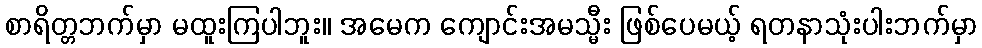
စာရိတ္တဘက်မှာ မထူးကြပါဘူး။ အမေက ကျောင်းအမသ္မီး ဖြစ်ပေမယ့် ရတနာသုံးပါးဘက်မှာ